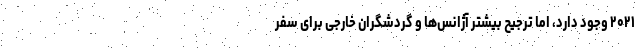
۲۰۲۱ وجود دارد، اما ترجیح بیشتر آژانس‌ها و گردشگران خارجی برای سفر